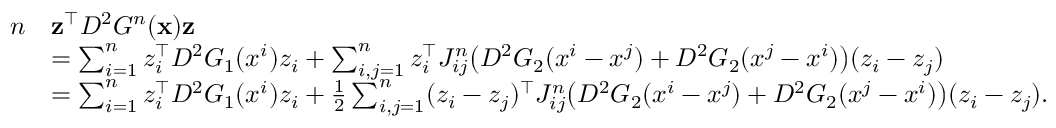
\begin{array} { r l } { n } & { \mathbf { z } ^ { \top } D ^ { 2 } G ^ { n } ( \mathbf { x } ) \mathbf { z } } \\ & { = \sum _ { i = 1 } ^ { n } z _ { i } ^ { \top } D ^ { 2 } G _ { 1 } ( x ^ { i } ) z _ { i } + \sum _ { i , j = 1 } ^ { n } z _ { i } ^ { \top } J _ { i j } ^ { n } \big ( D ^ { 2 } G _ { 2 } ( x ^ { i } - x ^ { j } ) + D ^ { 2 } G _ { 2 } ( x ^ { j } - x ^ { i } ) \big ) ( z _ { i } - z _ { j } ) } \\ & { = \sum _ { i = 1 } ^ { n } z _ { i } ^ { \top } D ^ { 2 } G _ { 1 } ( x ^ { i } ) z _ { i } + \frac 1 2 \sum _ { i , j = 1 } ^ { n } ( z _ { i } - z _ { j } ) ^ { \top } J _ { i j } ^ { n } \big ( D ^ { 2 } G _ { 2 } ( x ^ { i } - x ^ { j } ) + D ^ { 2 } G _ { 2 } ( x ^ { j } - x ^ { i } ) \big ) ( z _ { i } - z _ { j } ) . } \end{array}